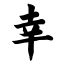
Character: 幸